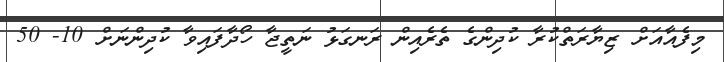
މިފެއާއަށް ޒިޔާރަތްކުރާ ކުދިންގެ ތެރެއިން ރަނގަޅު ނަތީޖާ ހޯދާފައިވާ ކުދިންނަށް 10- 50